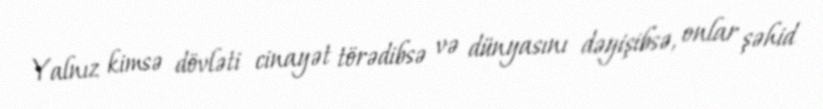
Yalnız kimsə dövləti cinayət törədibsə və dünyasını dəyişibsə, onlar şəhid